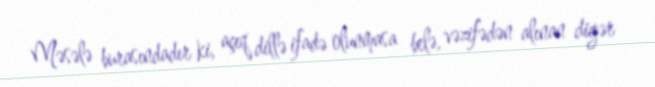
Məsələ burasındadır ki, açıq dillə ifadə olunmasa belə, vəzifədən alınan digər